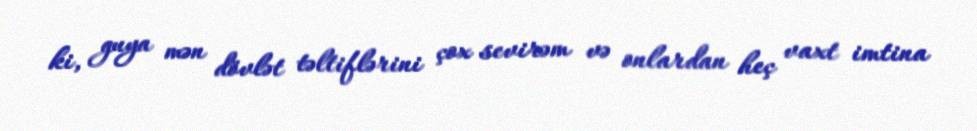
ki, guya mən dövlət təltiflərini çox sevirəm və onlardan heç vaxt imtina